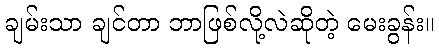
ချမ်းသာ ချင်တာ ဘာဖြစ်လို့လဲဆိုတဲ့ မေးခွန်း။